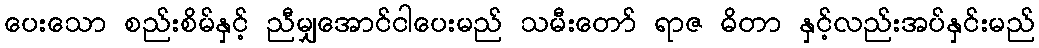
ပေးသော စည်းစိမ်နှင့် ညီမျှအောင်ငါပေးမည် သမီးတော် ရာဇ ဓိတာ နှင့်လည်းအပ်နှင်းမည်